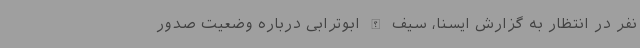
نفر در انتظار به گزارش ایسنا، سیف الله ابوترابی درباره وضعیت صدور